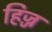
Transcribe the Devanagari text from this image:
हिज्ज